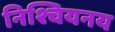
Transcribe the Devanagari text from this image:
निश्चियनय